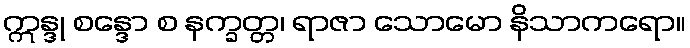
ဣန္ဒု စန္ဒော စ နက္ခတ္တ၊ ရာဇာ သောမော နိသာကရော။